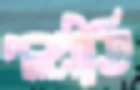
পলপ্রীতি